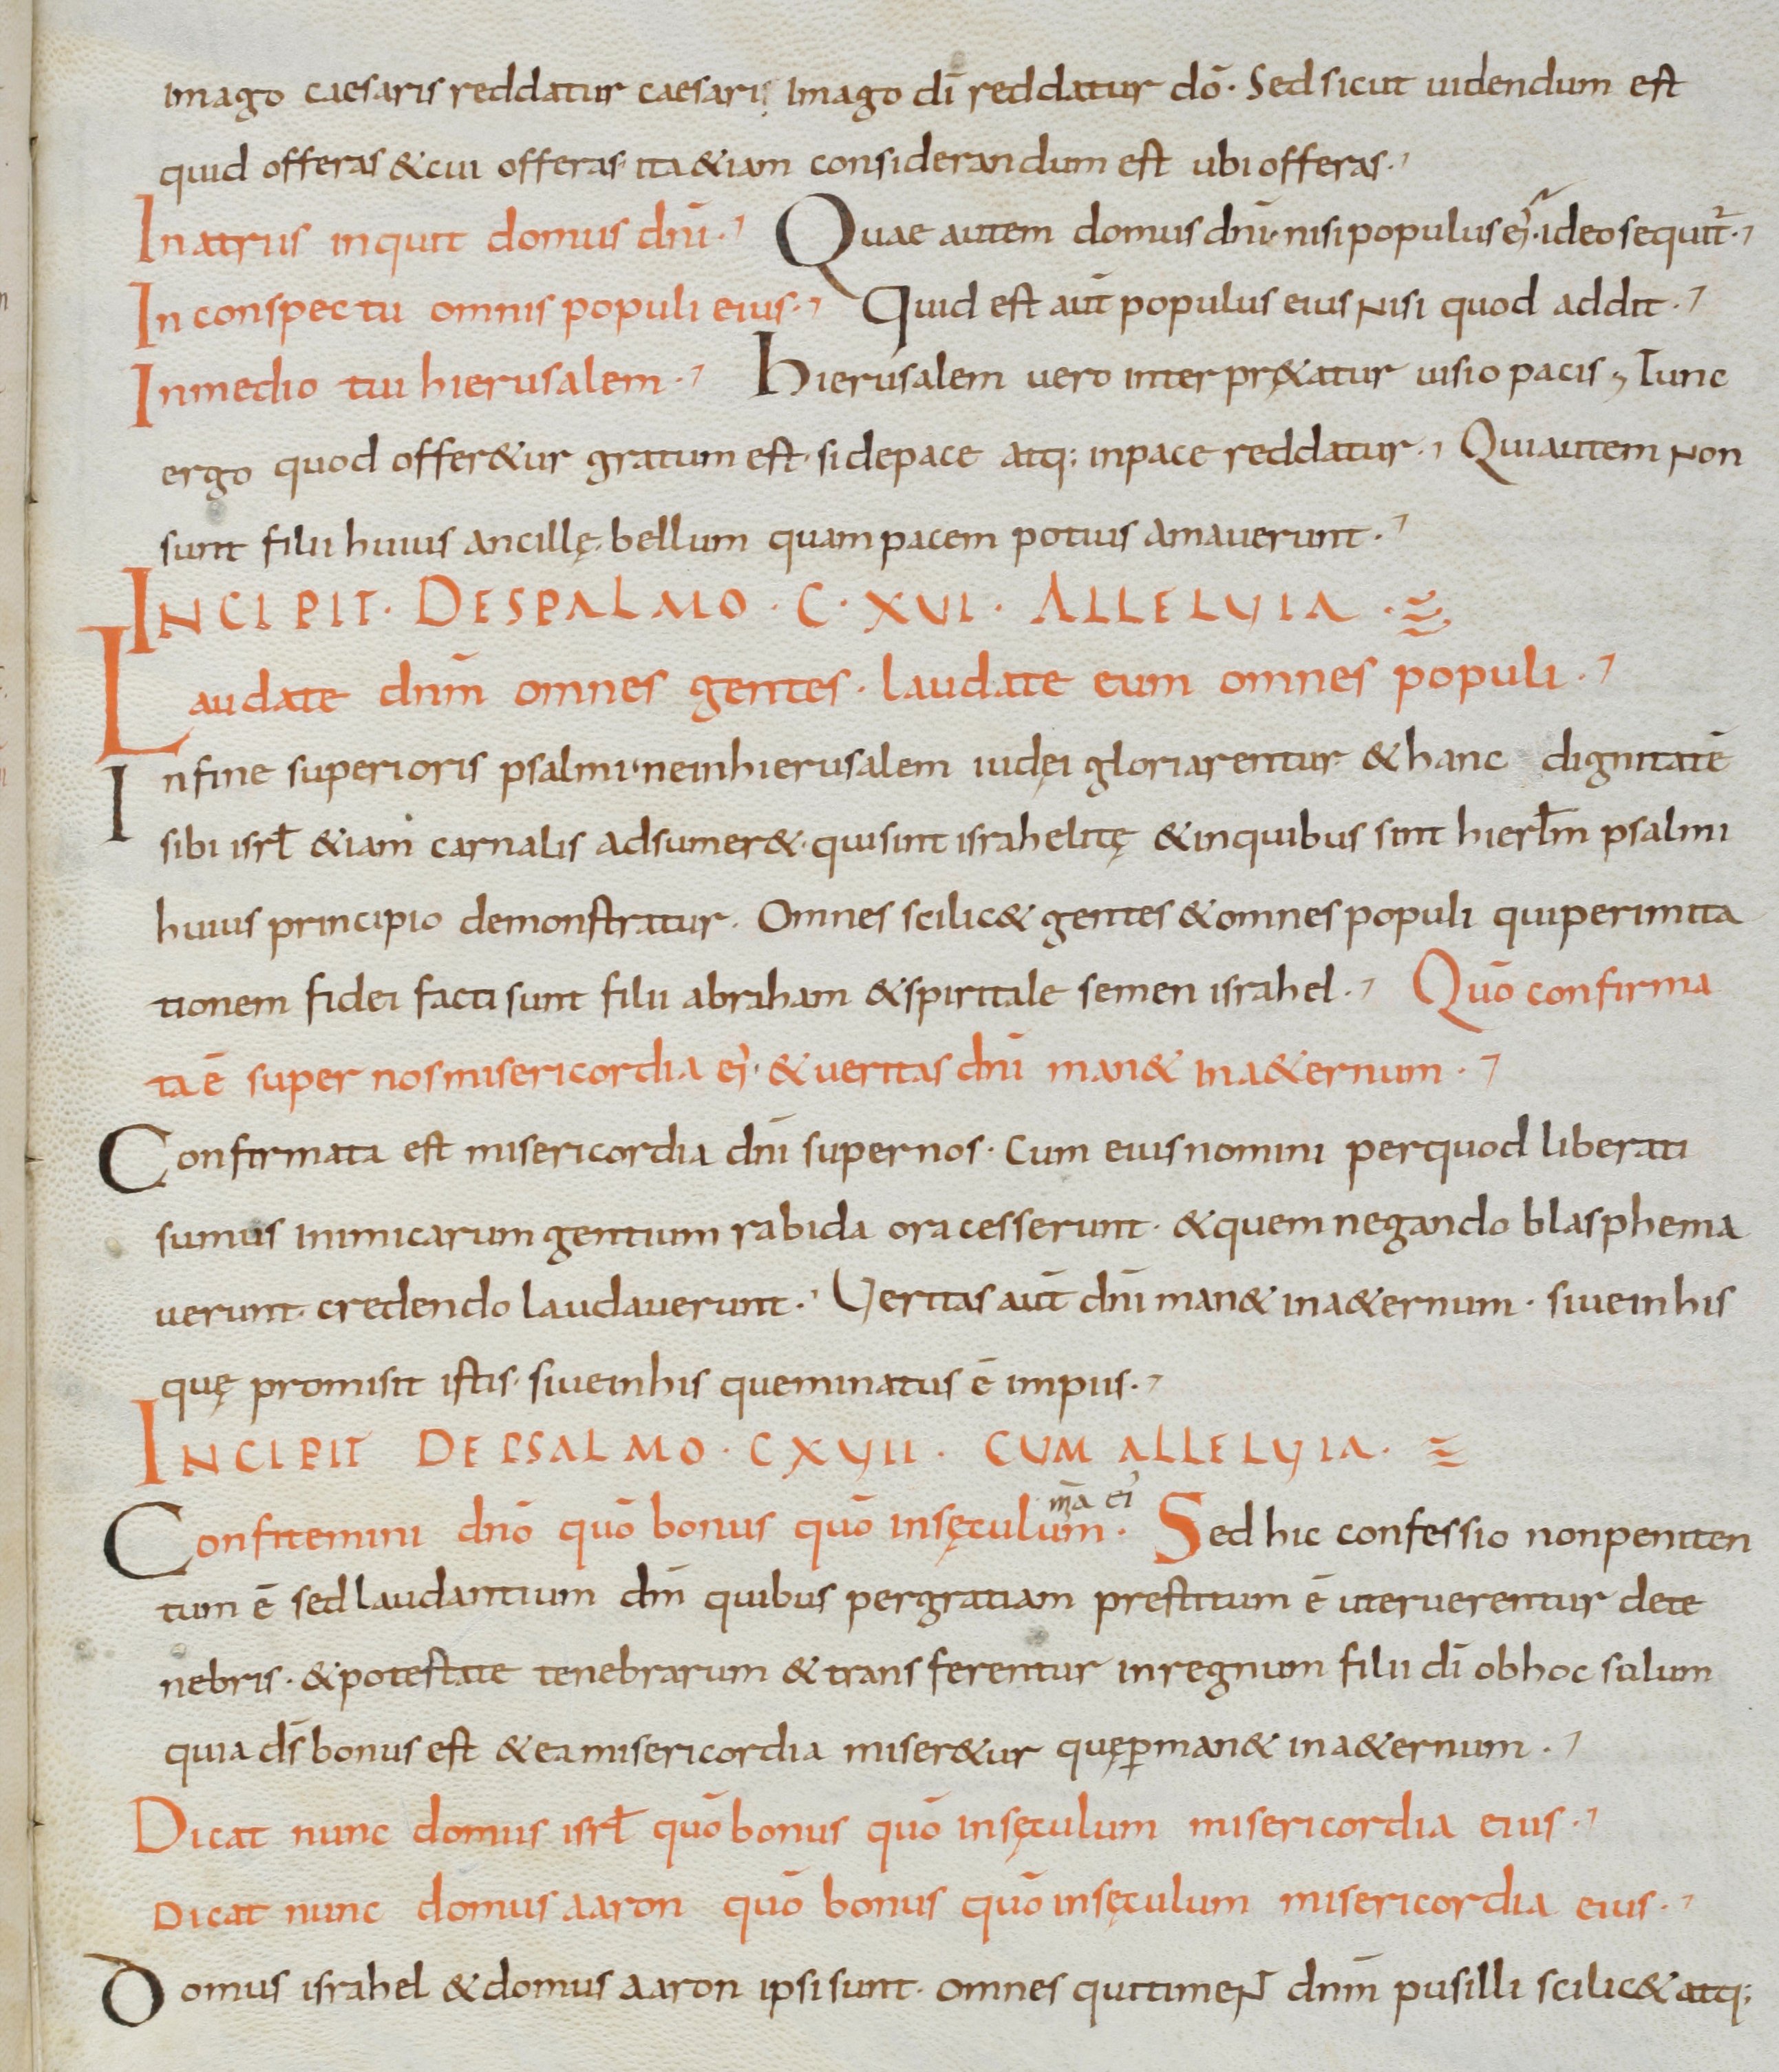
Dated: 900–1099